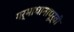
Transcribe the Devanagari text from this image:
गर्भाधानापूर्वी